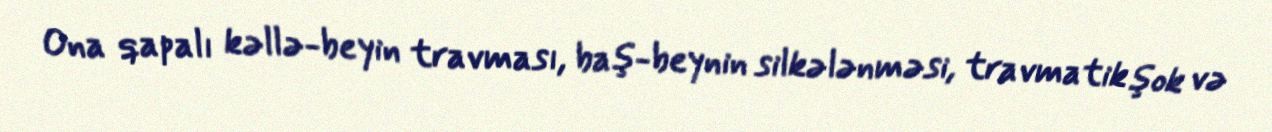
Ona qapalı kəllə-beyin travması, baş-beynin silkələnməsi, travmatik şok və